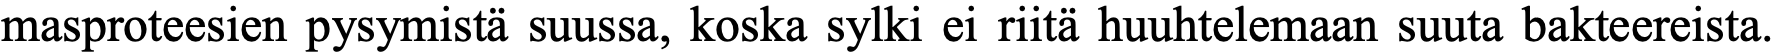
masproteesien pysymistä suussa, koska sylki ei riitä huuhtelemaan suuta bakteereista.